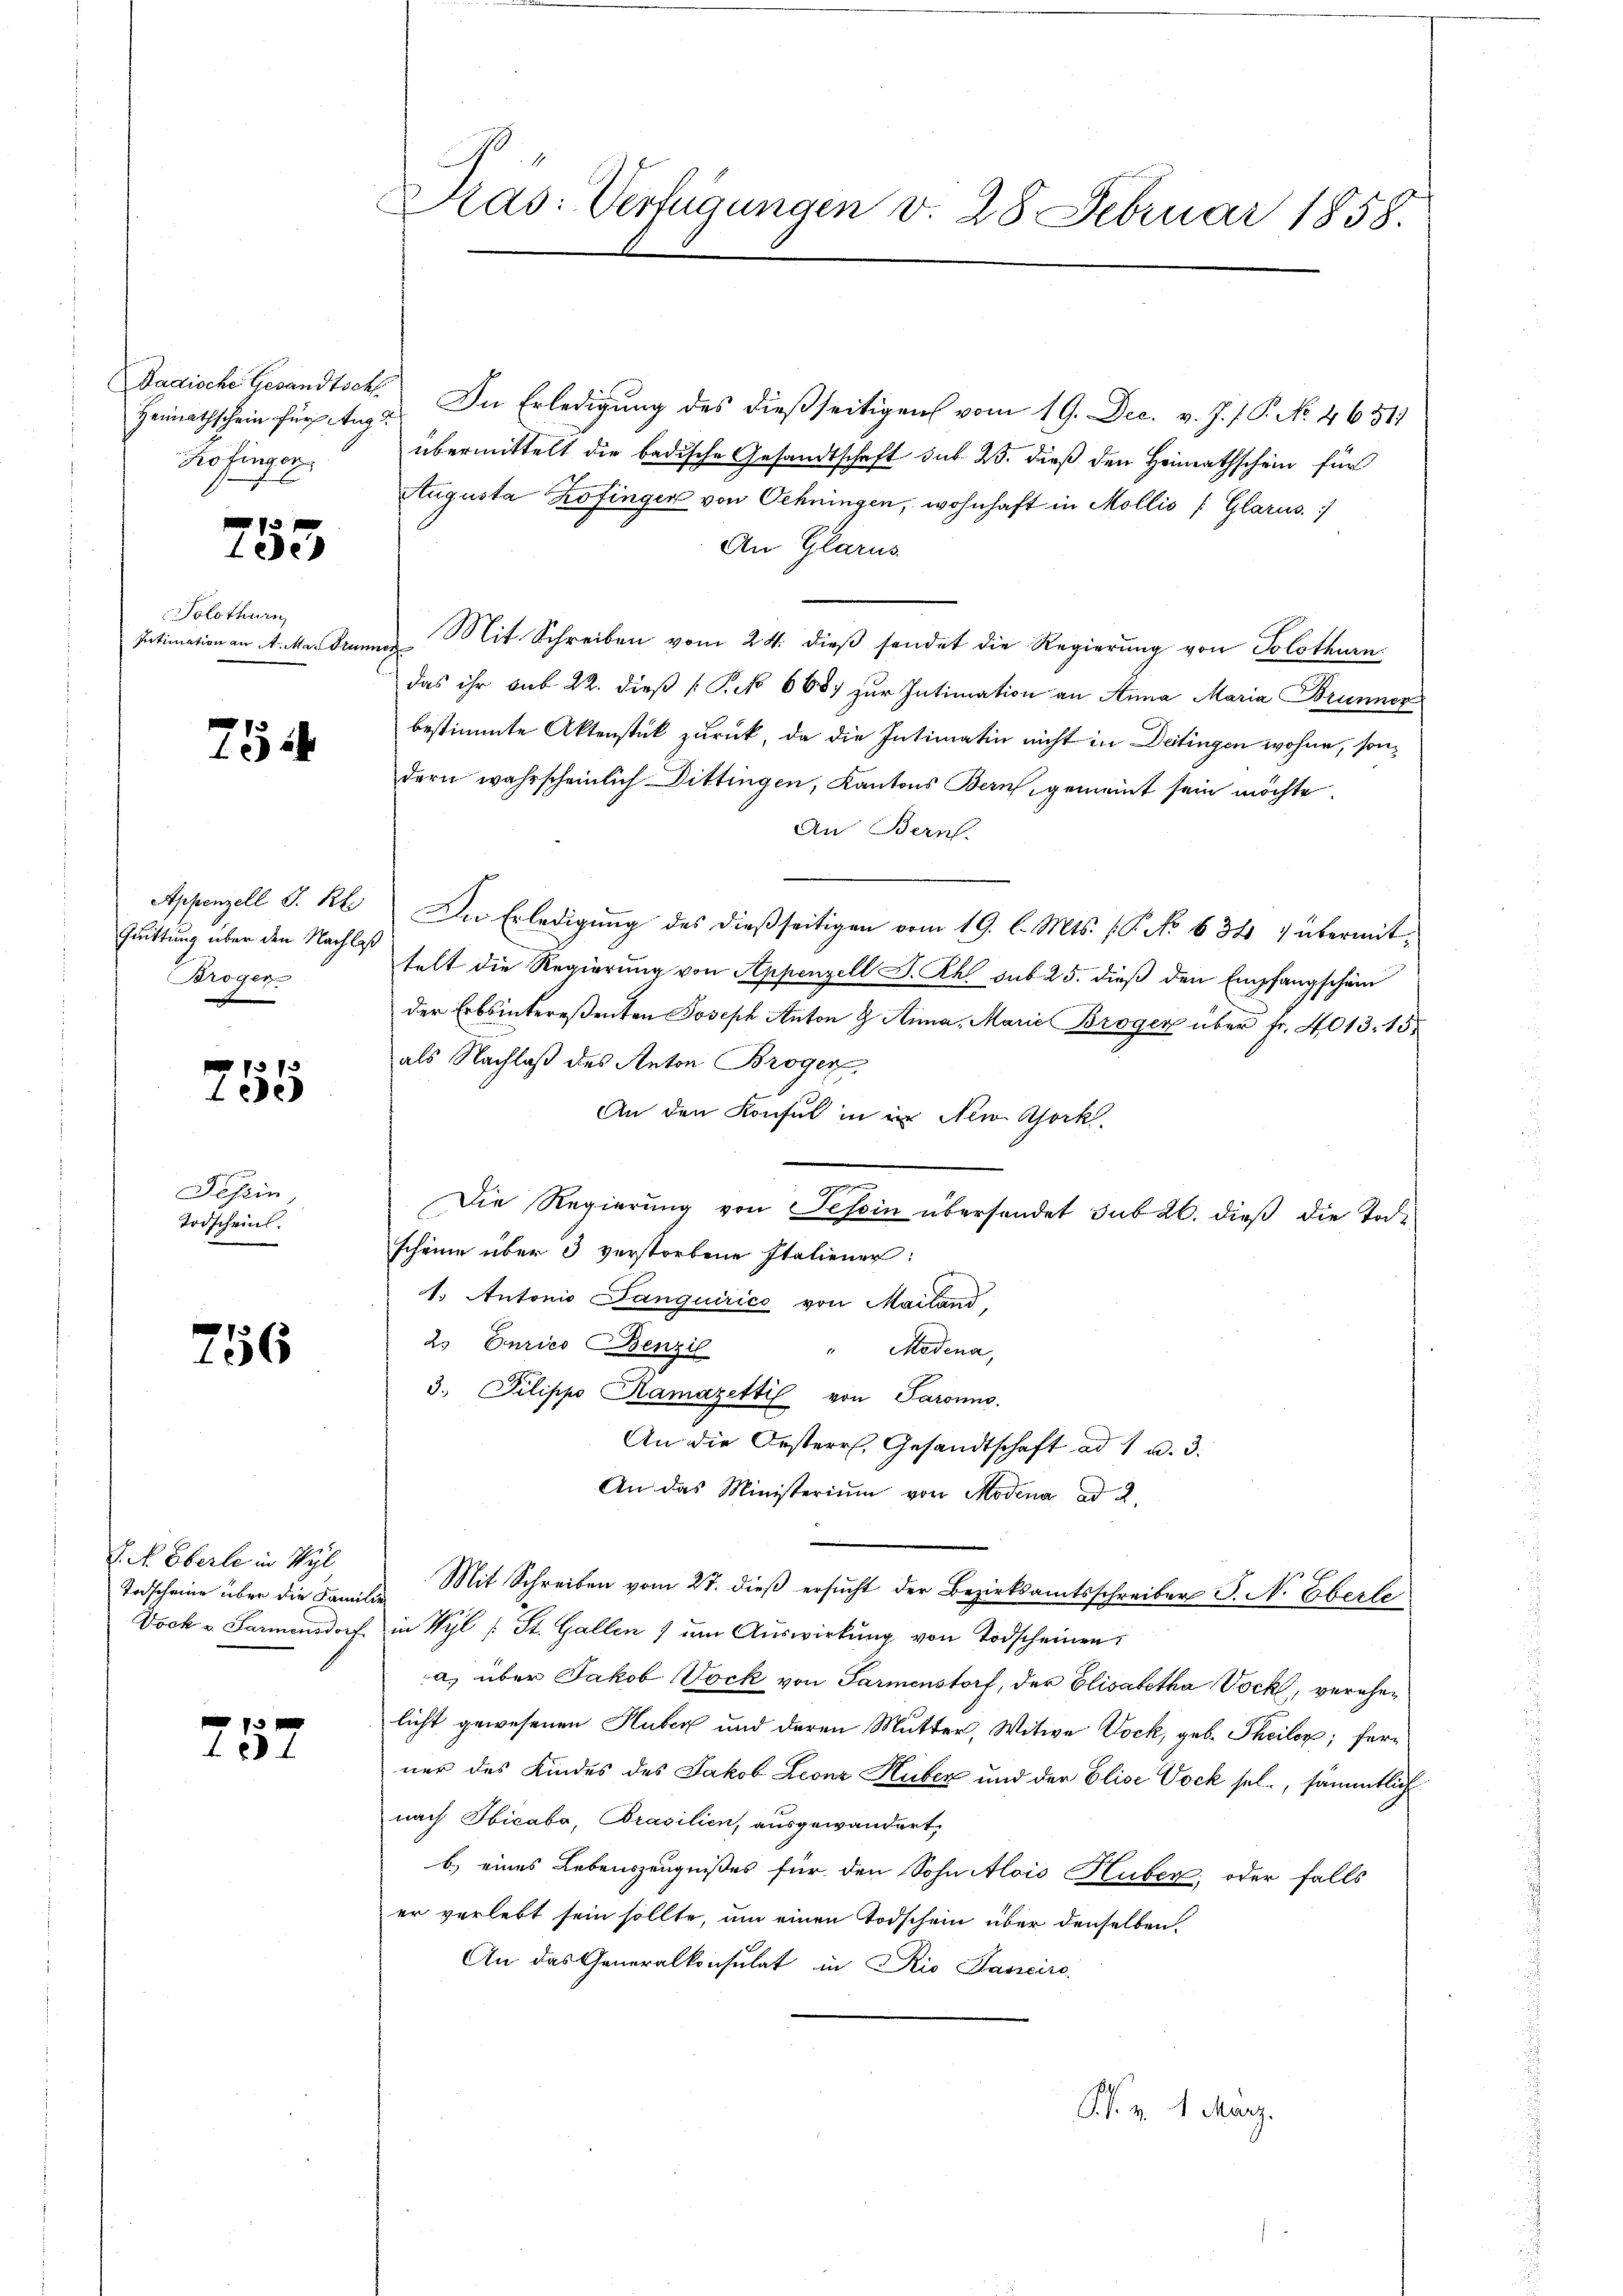
Dadische Gesandtschl
Heimathschein für Aug
Kofinger

753.

Solothurn,
Intimation an A. Mar Brunner

754

Appenzell I. R.
Quittung über den Nachlaß
Brogen

255

Tessin
Todscheinl.

756

J. N. Eberle in Wyl
Todscheine über die Familie
Dock v. Parmensdorf

257

Dras: Verfügungen v. 28. Februar 1858.

In Erledigung des dießseitigens vom 19. Dec. v. J. J. P. No. 46511
übermittelt die badische Gesandtschaft sub. 25. dieß den Heimathschein für
Augusta Zofinger von Oehningen, wohnhaft in Mollis (Glarus.
An Glarus
Mit Schreiben vom 24. dieβ sendet die Regierŭng von Solothurn.
das ihr sub 22. dieß (S. 668) zur Intimation an Anna Maria Brunner
bestimmte Aktenstük zurück, da die Intimatin nicht in Deitingen wohne, sondern wahrscheinlich Dittingen, Kantons Bern, gemeint sein möchte.
An Bern.
In Erledigung des dießseitigen vom 19. l. Mts. (T. No 632. übermittelt die Regierung von Appenzell S. Rh. sub 25. dieß den Empfangschein
der Erbsintereßenten Joseph Anton & Anna, Marie Broger über fr. 4013. 15.
als Nachlaß des Anton Brogen
An den Konsul in in New York
e
Die Regierung von Tessin übersendet sub 26. dieß die Todscheine über 3 verstorbene Italiener:
1. Autonio Banquirice von Mailand,
2. Enries Benzil
Medena,
3. Pilippo Ramazetti von Paronns.
An die Oesterr. Gesandtschaft ad 1 u. 3.
An das Ministerium von Modena ad 2.
Mit Schreiben vom 27. dieß ersucht der Bezirksamtsschreiber S. N. Eberle
in Wyl /: St. Gallen) um Auswirkung von Todscheinen:
a) über Jakob Vock von Parmenstorf, der Elisabetha Vock, verehelicht gewesenen Huber und deren Mutter, Witwe Dock, geb. Theilen; ferner des Kindes des Jakob Leonz Huber und der Elise Vock sel., sämmtlich
nach Hicabo, Prasilien, ausgewandert,
b.) eines Lebenszeugnißes für den Sohn Alois Huber, oder falls
er verlebt sein sollte, um einen Todschein über denselben,
An das Generalkonsulat in Rio Sancire

F. v. 1. März.